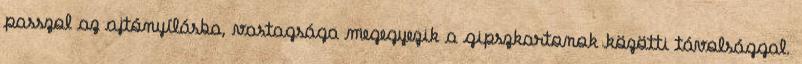
passzol az ajtónyílásba, vastagsága megegyezik a gipszkartonok közötti távolsággal.